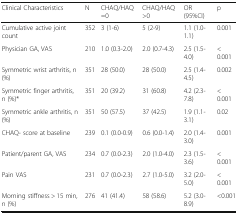
| Clinical Characteristics | N | CHAQ/HAQ =0 | CHAQ/HAQ >0 | OR (95%CI) | p |
 | --- | --- | --- | --- | --- | --- |
 | Cumulative active joint count | 352 | 3 (1-6) | 5 (2-9) | 1.1 (1.0-1.1) | 0.001 |
 | Physician GA, VAS | 210 | 1.0 (0.3-2.0) | 2.0 (0.7-4.3) | 2.5 (1.5-4.0) | < 0.001 |
 | Symmetric wrist arthritis, n (%) | 351 | 28 (50.0) | 28 (50.0) | 2.5 (1.4-4.5) | 0.002 |
 | Symmetric finger arthritis, n (%)* | 351 | 20 (39.2) | 31 (60.8) | 4.2 (2.3-7.8) | < 0.001 |
 | Symmetric ankle arthritis, n (%) | 351 | 50 (57.5) | 37 (42.5) | 1.9 (1.1-3.1) | 0.02 |
 | CHAQ- score at baseline | 239 | 0.1 (0.0-0.9) | 0.6 (0.0-1.4) | 2.0 (1.4-3.0) | 0.001 |
 | Patient/parent GA, VAS | 234 | 0.7 (0.0-2.3) | 2.0 (1.0-4.0) | 2.3 (1.5-3.6) | < 0.001 |
 | Pain VAS | 231 | 0.7 (0.0-2.3) | 2.7 (1.0-5.0) | 3.2 (2.0-5.0) | < 0.001 |
 | Morning stiffness > 15 min, n (%) | 276 | 41 (41.4) | 58 (58.6) | 5.2 (3.0-8.9) | <0.001 |